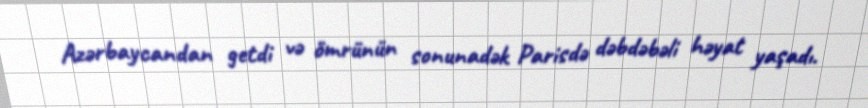
Azərbaycandan getdi və ömrünün sonunadək Parisdə dəbdəbəli həyat yaşadı.